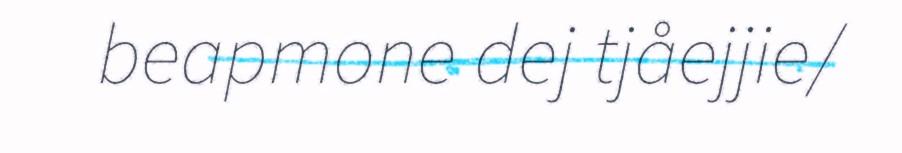
beapmone dej tjåejjie/